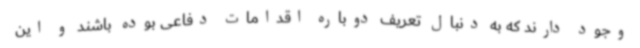
وجود دارند که به دنبال تعریف دوباره اقدامات دفاعی بوده باشند و این